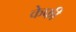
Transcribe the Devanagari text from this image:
केफी